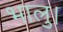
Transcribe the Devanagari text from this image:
भालु।